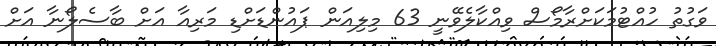
ވަގުތު ހުއްޓުމަކަށްރާމޯސް ވިއްކާލެވޭނީ 63 މިލިއަން ޕައުންޑަށްޑި މަރިއާ އަށް ބާސެލޯނާ އަށް